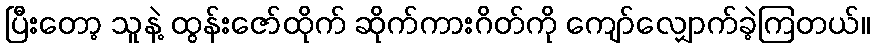
ပြီးတော့ သူနဲ့ ထွန်းဇော်ထိုက် ဆိုက်ကားဂိတ်ကို ကျော်လျှောက်ခဲ့ကြတယ်။